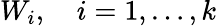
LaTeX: W_{i},\quad i=1,\dots,k